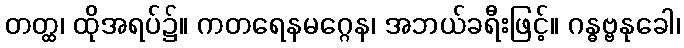
တတ္ထ၊ ထိုအရပ်၌။ ကတရေနမဂ္ဂေန၊ အဘယ်ခရီးဖြင့်။ ဂန္ဓဗ္ဗနုခေါ၊